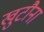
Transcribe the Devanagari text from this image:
खुटौना